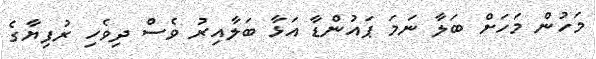
މަހުން މަހަށް ބަލާ ނަމަ ޕައުންޑާ އަޅާ ބަލާއިރު ވެސް ދިވެހި ރުފިޔާގެ